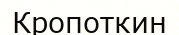
Кропоткин